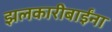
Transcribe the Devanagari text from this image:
झलकारीबाईंना